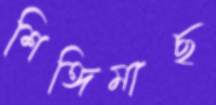
শিঙ্গিমাছ